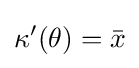
\kappa '(\theta )={\bar {x}}